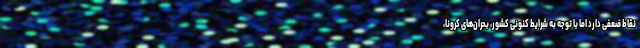
نقاط ضعفی دارد اما با توجه به شرایط کنونی کشور، بحران‌های کرونا،